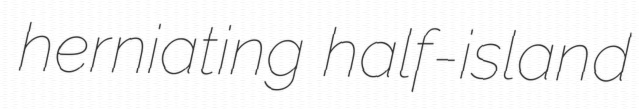
herniating half-island